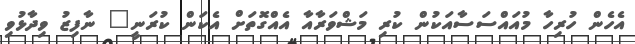
އެހެން ހުރިހާ މުއައްސަސާއަކުން ކުރި މަޝްވަރާއާ އެއްގޮތަށް އެކަން ކުރަނީ" ނާފިޒު ވިދާޅުވި